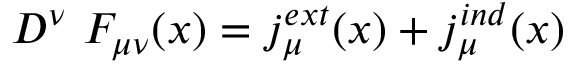
D ^ { \nu } \ F _ { \mu \nu } ( x ) = j _ { \mu } ^ { e x t } ( x ) + j _ { \mu } ^ { i n d } ( x )